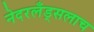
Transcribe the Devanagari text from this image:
नेदरलँड्सलाच